Leaving Certificate, 1897
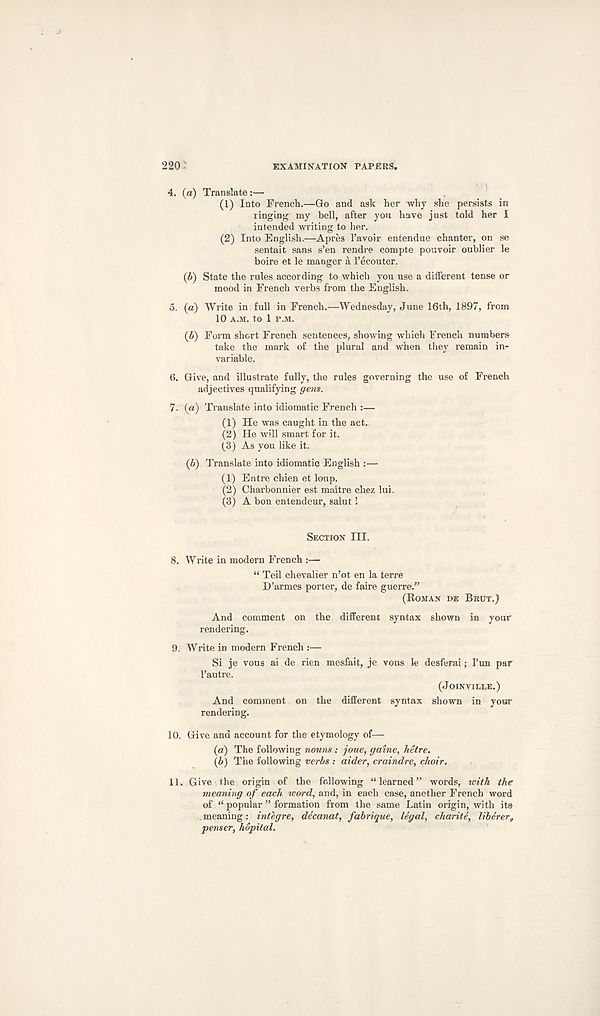
220
EXAMINATION PAPERS.
4. (a) Translate:—
(1) Into French.—Go and ask her why she persists in
ringing my bell, after you have just told her I
intended writing to her.
(2) Into English.—Apres I’avoir entendue chanter, on se
sentait sans s’en rendre compte pouvoir oublier le
boire et le manger a I’ecouter.
(b) State the rules according to which you use a different tense or
mood in French verbs from the English.
5. (a) Write in full in French.—Wednesday, June 16th, 1897, from
10 A.M. to 1 P.M.
(b) Form short French sentences, showing which French numbers
take the mark of the plural and when they remain in-
variable.
6. Give, and illustrate fully, the rules governing the use of French
adjectives qualifying gens.
7. (a) Translate into idiomatic French :—
(1) He was caught in the act.
(2) He will smart for it.
(3) As you like it.
(b) Translate into idiomatic English :—
(1) Entre chien et loup.
(2) Charbonnier est maitre chez lui.
(3) A bon entendeur, salut I
SECTION III.
8. Write in modern French :—
“ Teil chevalier n’ot en la terre
D’armes porter, de faire guerre.”
(ROMAN »E BRUT.)
And comment on the different syntax shown in your
rendering.
9. Write in modern French :—
Si je vous ai de rien mesfait, je vous le desferai; 1’un par
1’autre.
(JOINVIIXE.)
And comment on the different syntax shown in year
rendering.
10. Give and account for the etymology of—
(a) The following nouns: joue, game, hetre.
(b) The following verbs : aider, craindre, choir.
11. Give the origin of the following “learned” words, with the
meaning of each word, and, in each case, another French word
of “ popular ” formation from the same Latin origin, with its
. meaning: integre, decanat, fabrique, legal, charite, liberer9
penser, hopital.